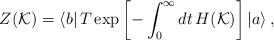
\begin{align*}Z(\mathcal{K})=\left\langle b\right| T\exp\left[ -\int_{0}^{\infty}dt\,H(\mathcal{K})\right] \left| a\right\rangle ,\end{align*}